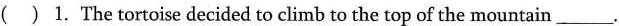
( ) 1.The tortoise decided to climb to the top of the mountain___.